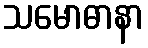
သမောဓာနာ